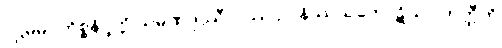
ပဌမမဂ္ဂကိစ္စနိပ္ဖတ္တိ သမဏဒုဿီလဿ ဥပနိဿယကောဋိယာ ဟတ္ထီတိ